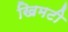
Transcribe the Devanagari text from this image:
खिमटी